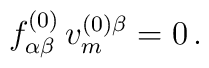
f^{(0)}_{\alpha\beta}\,v^{(0)\beta}_m=0\,.